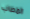
المصاب